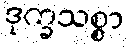
ဒုက္ခသစ္စာ